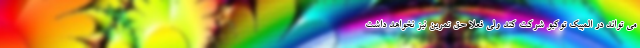
می تواند در المپیک توکیو شرکت کند ولی فعلا حق تمرین نیز نخواهد داشت